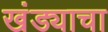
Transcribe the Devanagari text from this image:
खंड्याचा